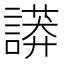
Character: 𧬏